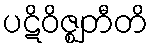
ပဋိဝိဇ္ဈတီတိ